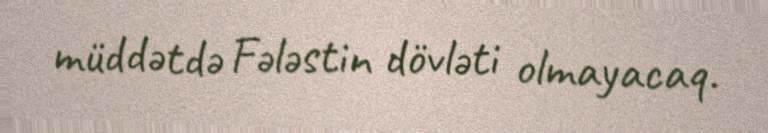
müddətdə Fələstin dövləti olmayacaq.